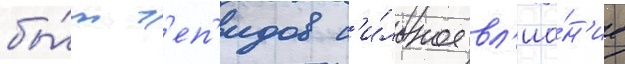
бы́т г'еп'идов с'и́льное вл'иа́н'ие